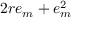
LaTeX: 2 r e _ { m } + e _ { m } ^ { 2 }